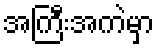
အကြီးအကဲမှာ